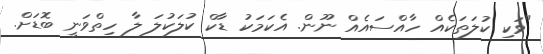
"ވަކި ކުލަތަކެއް ހާއްސައެއް ނޫން. އެކަމަކު ޑާކް ކުލަކުލަ ލާ ހިތްވަނީ ބޮޑަށް.